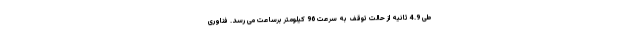
طی 4.9 ثانیه از حالت توقف به سرعت 96 کیلومتر برساعت می رسد. فناوری